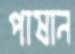
পাষান